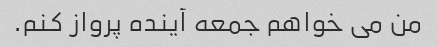
من می خواهم جمعه آینده پرواز کنم.